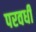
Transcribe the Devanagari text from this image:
परवर्धी